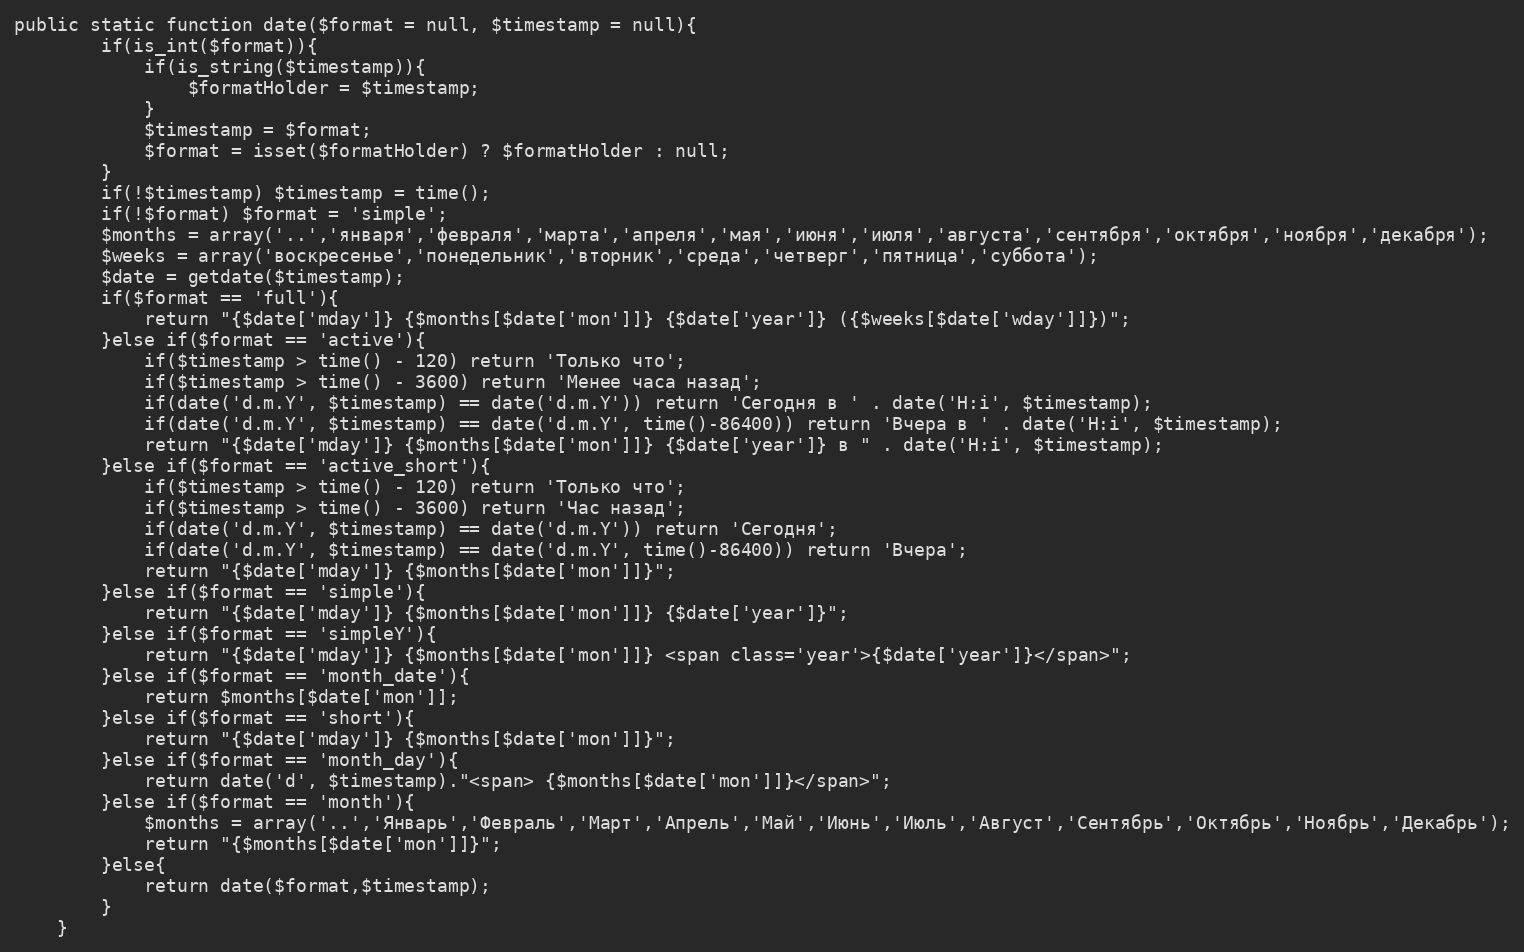
Language: PHP
public static function date($format = null, $timestamp = null){
        if(is_int($format)){
            if(is_string($timestamp)){
                $formatHolder = $timestamp;
            }
            $timestamp = $format;
            $format = isset($formatHolder) ? $formatHolder : null;
        }
        if(!$timestamp) $timestamp = time();
        if(!$format) $format = 'simple';
        $months = array('..','января','февраля','марта','апреля','мая','июня','июля','августа','сентября','октября','ноября','декабря');
        $weeks = array('воскресенье','понедельник','вторник','среда','четверг','пятница','суббота');
        $date = getdate($timestamp);
        if($format == 'full'){
            return "{$date['mday']} {$months[$date['mon']]} {$date['year']} ({$weeks[$date['wday']]})";
		}else if($format == 'active'){
            if($timestamp > time() - 120) return 'Только что';
            if($timestamp > time() - 3600) return 'Менее часа назад';
            if(date('d.m.Y', $timestamp) == date('d.m.Y')) return 'Сегодня в ' . date('H:i', $timestamp);
            if(date('d.m.Y', $timestamp) == date('d.m.Y', time()-86400)) return 'Вчера в ' . date('H:i', $timestamp);
            return "{$date['mday']} {$months[$date['mon']]} {$date['year']} в " . date('H:i', $timestamp);
        }else if($format == 'active_short'){
            if($timestamp > time() - 120) return 'Только что';
            if($timestamp > time() - 3600) return 'Час назад';
            if(date('d.m.Y', $timestamp) == date('d.m.Y')) return 'Сегодня';
            if(date('d.m.Y', $timestamp) == date('d.m.Y', time()-86400)) return 'Вчера';
            return "{$date['mday']} {$months[$date['mon']]}";
        }else if($format == 'simple'){
            return "{$date['mday']} {$months[$date['mon']]} {$date['year']}";
        }else if($format == 'simpleY'){
            return "{$date['mday']} {$months[$date['mon']]} <span class='year'>{$date['year']}</span>";
        }else if($format == 'month_date'){
            return $months[$date['mon']];
        }else if($format == 'short'){
            return "{$date['mday']} {$months[$date['mon']]}";
        }else if($format == 'month_day'){
            return date('d', $timestamp)."<span> {$months[$date['mon']]}</span>";
        }else if($format == 'month'){
            $months = array('..','Январь','Февраль','Март','Апрель','Май','Июнь','Июль','Август','Сентябрь','Октябрь','Ноябрь','Декабрь');
            return "{$months[$date['mon']]}";
        }else{
            return date($format,$timestamp);
        }
    }